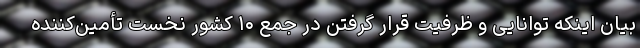
بیان اینکه توانایی و ظرفیت قرار گرفتن در جمع ۱۰ کشور نخست تأمین‌کننده